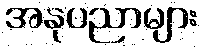
အနုပညာများ